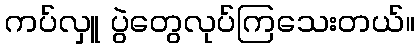
ကပ်လှူ ပွဲတွေလုပ်ကြသေးတယ်။